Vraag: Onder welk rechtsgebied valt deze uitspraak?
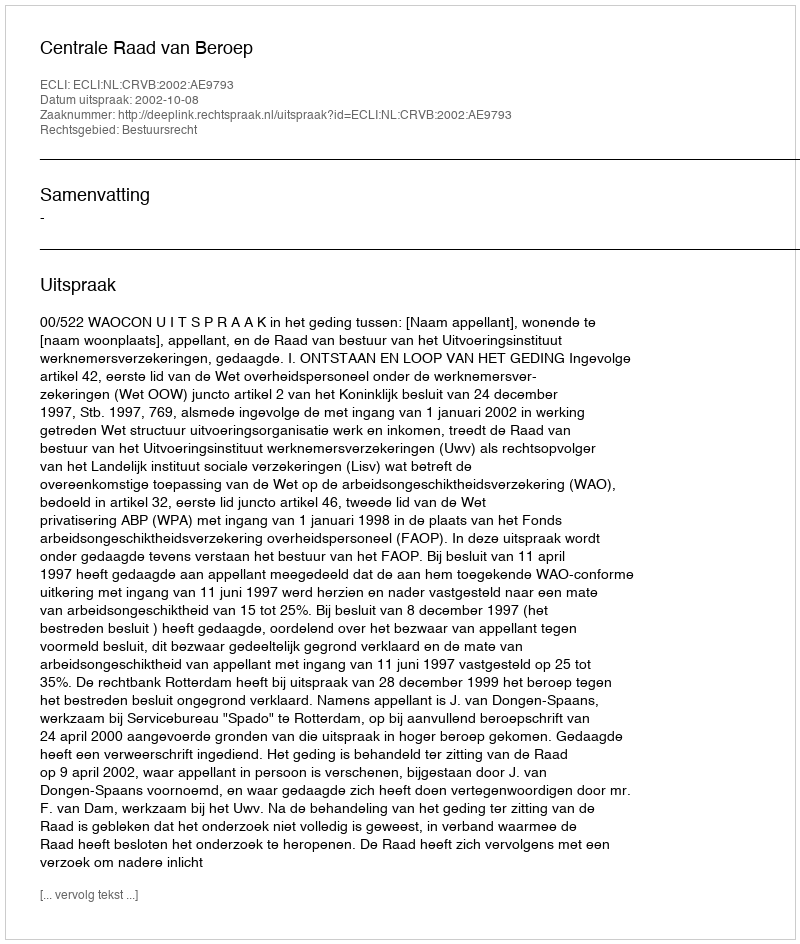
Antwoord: Bestuursrecht